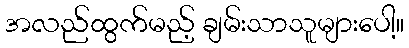
အလည်ထွက်မည့် ချမ်းသာသူများပေါ့။